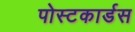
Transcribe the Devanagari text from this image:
पोस्टकार्डस